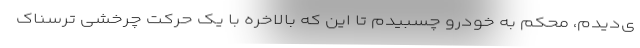
ی‌دیدم، محکم به خودرو چسبیدم تا این که بالاخره با یک حرکت چرخشی ترسناک